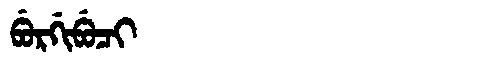
Manchu: ᠪᡠᡵᡤᡳᠪᡠᠴᡳ
Romanization: BURGIBUCI